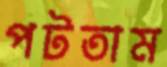
পটতাম